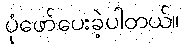
ပုံဖော်ပေးခဲ့ပါတယ်။